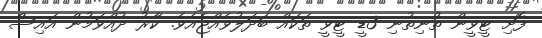
ފޮށި ޓީވީން ތުނިތުނި 3ޑީ ޓީވީ ތަކައް ބަދަލުވެއްޖެއެވެ. ކާރު ދުއްވަމުން އައިސް